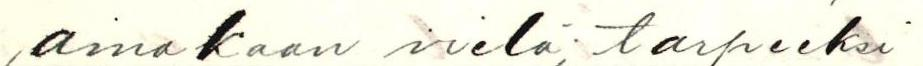
ainakaan vielä; tarpeeksi